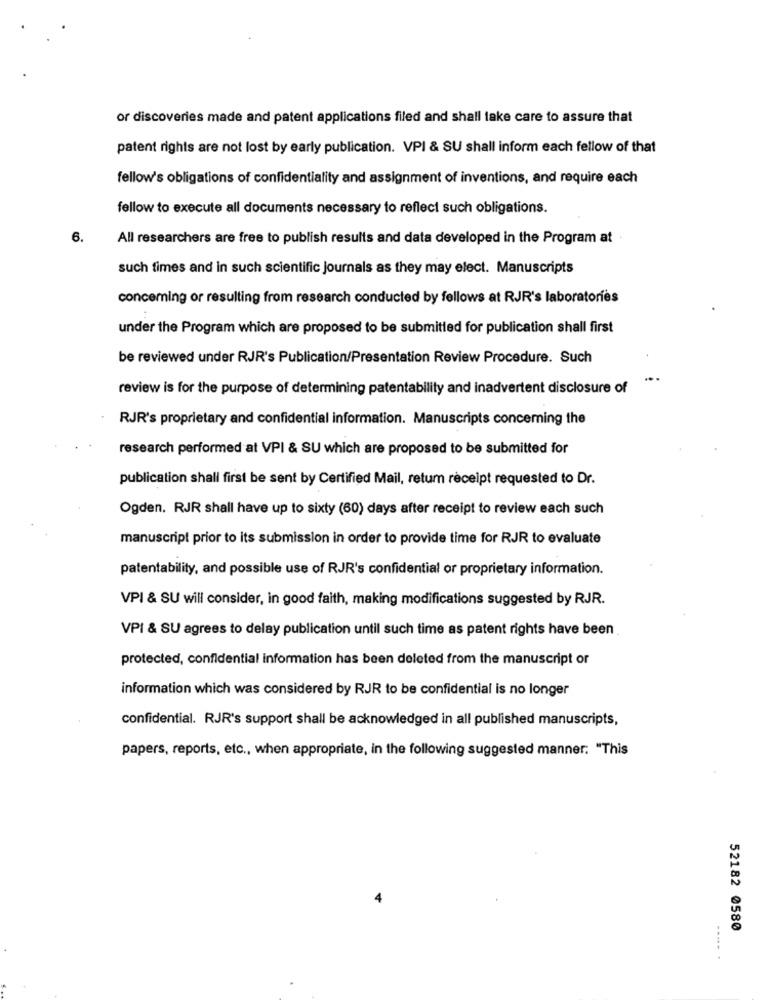
or discoveries made and patent applications filed and shall take care to assure that
patent rights are not lost by early publication. VPI & SU shall inform each fellow of that
fellow's obligations of confidentiality and assignment of inventions, and require each
fellow to execute all documents necessary to reflect such obligations.
6.
All researchers are free to publish results and data developed in the Program at
such times and in such scientific journals as they may elect. Manuscripts
conceming or resulting from research conducted by fellows at RJR's laboratories
under the Program which are proposed to be submitted for publication shall first
be reviewed under RJR's Publication/Presentation Review Procedure. Such
review is for the purpose of determining patentability and inadvertent disclosure of
RJR's proprietary and confidential information. Manuscripts concerning the
research performed at VPI & SU which are proposed to be submitted for
publication shall first be sent by Certified Mail, retum receipt requested to Dr.
Ogden. RJR shall have up to sixty (60) days after receipt to review each such
manuscript prior to its submission in order to provide time for RJR to evaluate
patentability, and possible use of RJR's confidential or proprietary information.
VPI & SU will consider, in good faith, making modifications suggested by RJR.
VPI & SU agrees to delay publication until such time as patent rights have been
protected, confidential information has been deleted from the manuscript or
information which was considered by RJR to be confidential is no longer
confidential. RJR's support shall be acknowledged in all published manuscripts,
papers, reports, etc ., when appropriate, in the following suggested manner. "This
52182 0580